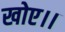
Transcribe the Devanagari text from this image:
खोए।।